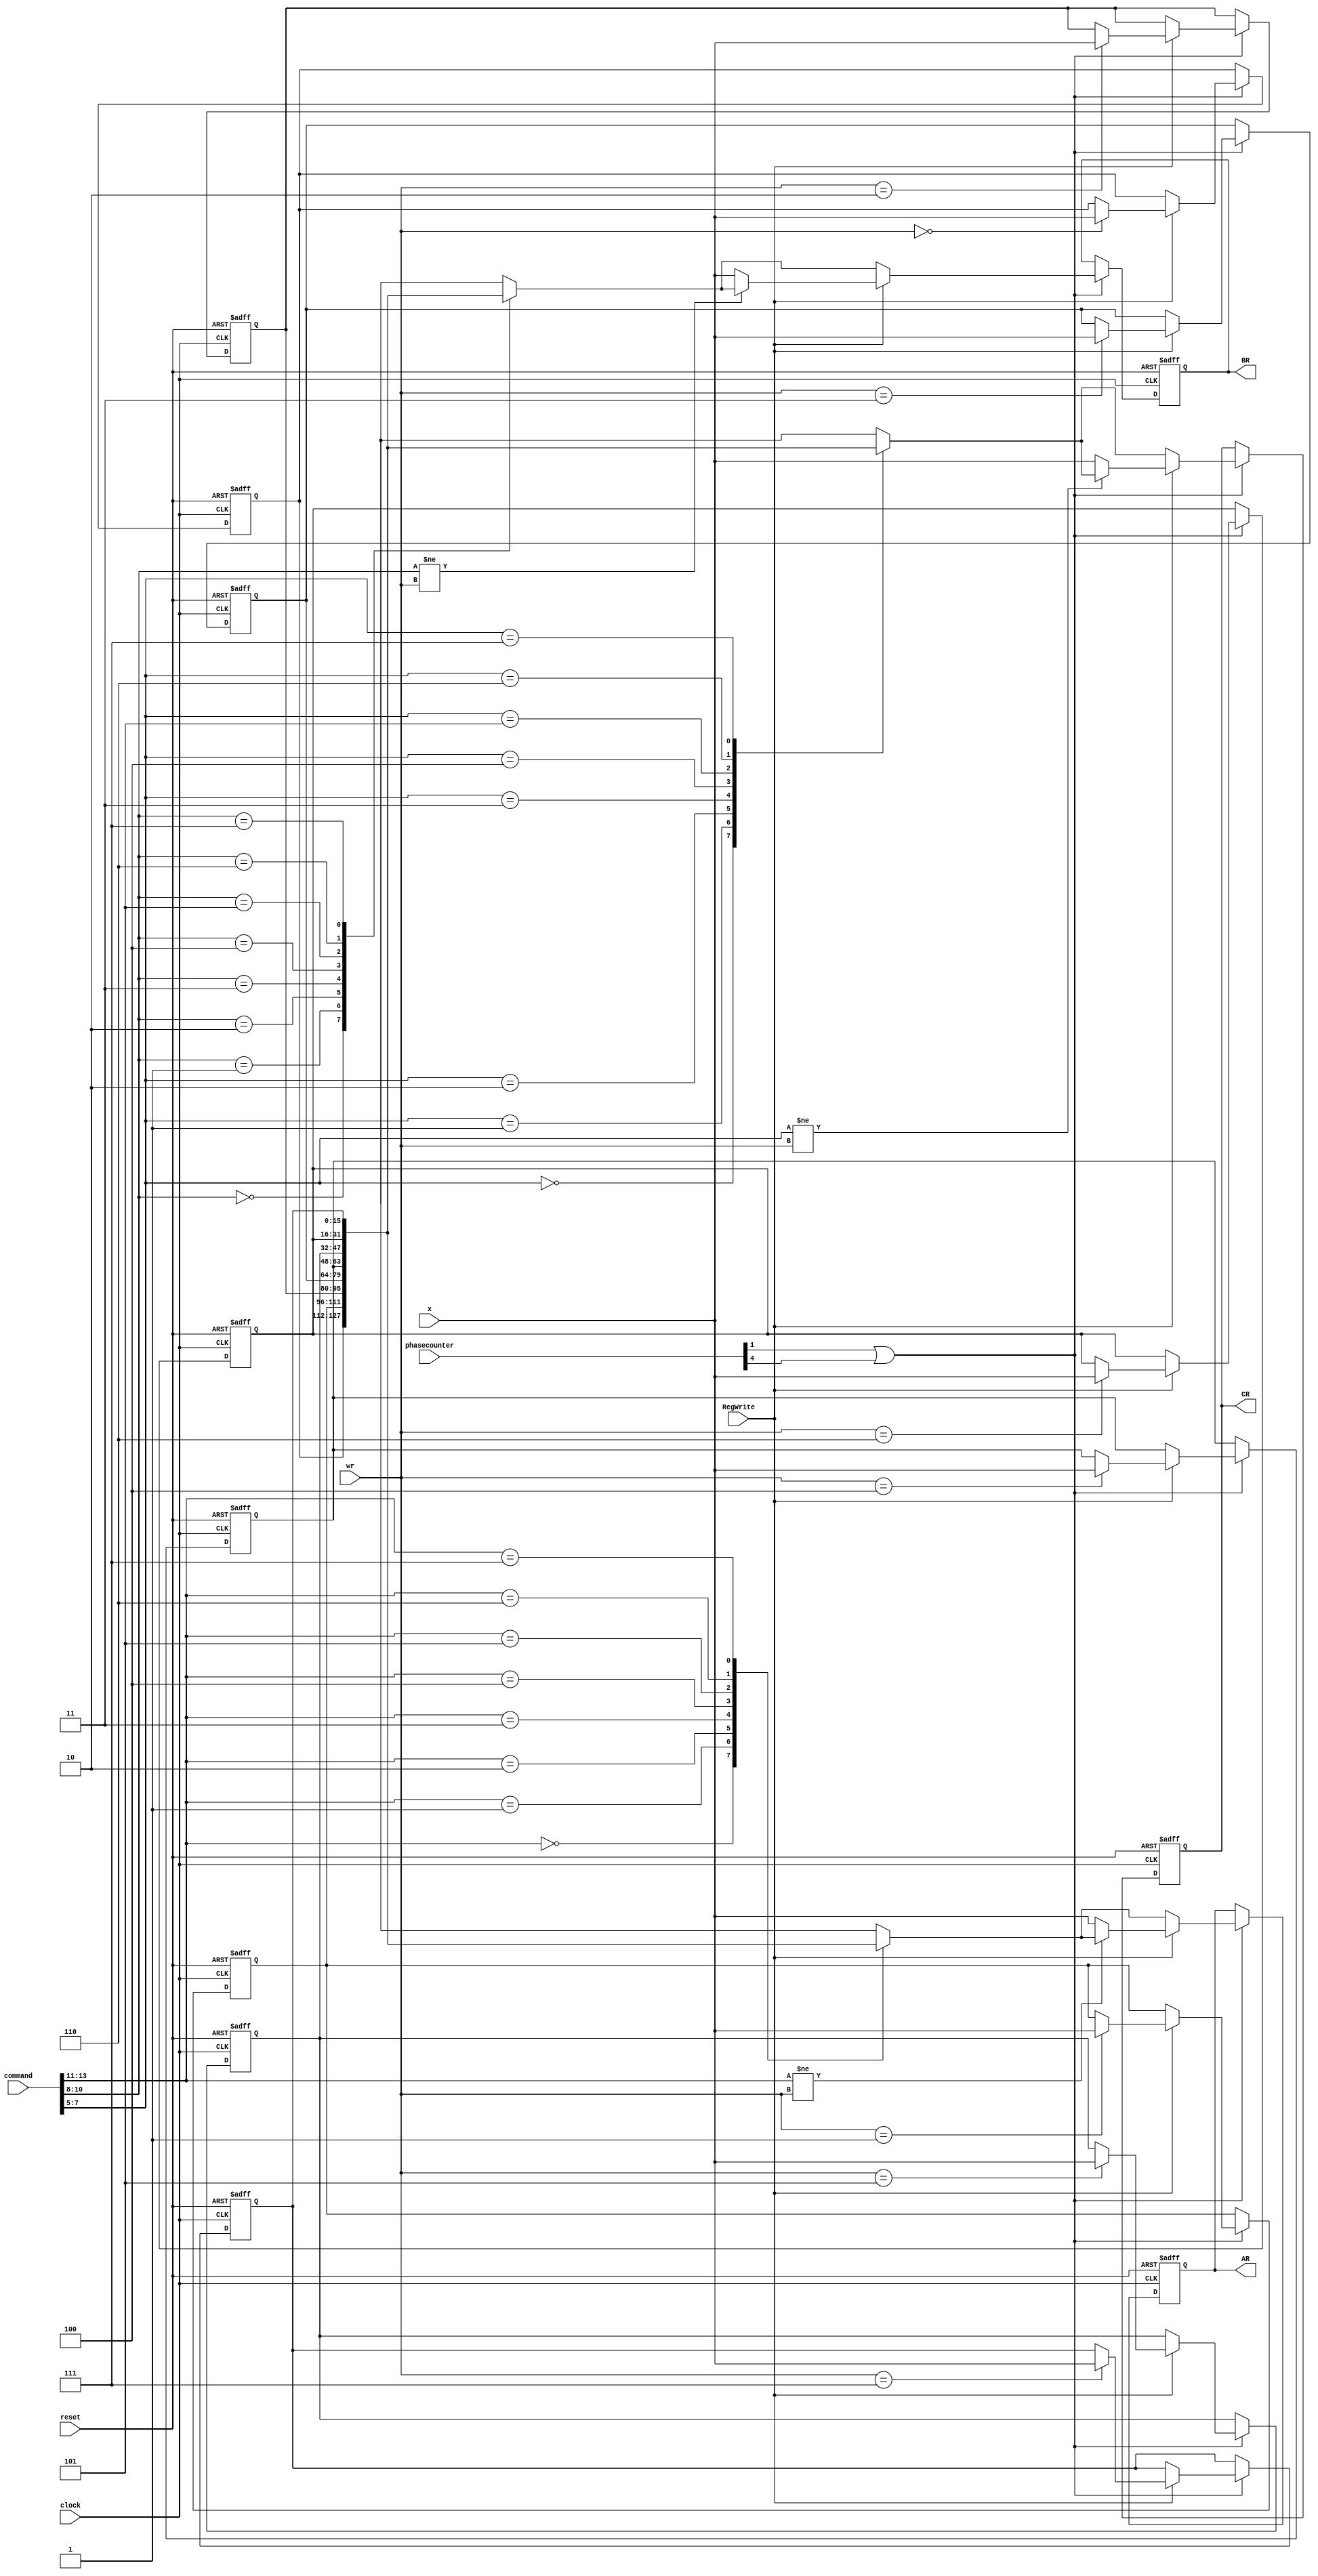
module register_file (
	input clock, // (inverse clock)
	input reset,
	input [4:0] phasecounter,
	input [15:0] command,
	input RegWrite,
	input [2:0] wr, // 
	input [15:0] x, // 16
	output reg [15:0] AR, BR, CR // 
//	output wire [15:0] register0,
//	output wire [15:0] register1,
//	output wire [15:0] register2,
//	output wire [15:0] register3,
//	output wire [15:0] register4,
//	output wire [15:0] register5,
//	output wire [15:0] register6,
//	output wire [15:0] register7
);

reg [15:0] registers [0:7]; 
wire [3:0] ra, rb, rc;

assign ra = command[13:11];
assign rb = command[10:8];
assign rc = command[7:5];

//assign register0 = registers[0];
//assign register1 = registers[1];
//assign register2 = registers[2];
//assign register3 = registers[3];
//assign register4 = registers[4];
//assign register5 = registers[5];
//assign register6 = registers[6];
//assign register7 = registers[7];

always @(posedge clock or negedge reset)
begin 	
	if (reset == 1'b0)
	begin 		
		registers[3'b000] <= 16'b0; 		
		registers[3'b001] <= 16'b0; 		
		registers[3'b010] <= 16'b0; 		
		registers[3'b011] <= 16'b0; 		
		registers[3'b100] <= 16'b0; 		
		registers[3'b101] <= 16'b0; 		
		registers[3'b110] <= 16'b0; 		
		registers[3'b111] <= 16'b0;
		AR <= 16'b0;
		BR <= 16'b0;
		CR <= 16'b0;
	end else if (phasecounter[1] == 1'b1 || phasecounter[4] == 1'b1) begin
		if (RegWrite == 1'b1) begin 		
			registers[wr] <= x;
			AR <= ra != wr ? registers[ra] : x;
			BR <= rb != wr ? registers[rb] : x;
			CR <= rc != wr ? registers[rc] : x;	
		end else begin
			AR <= registers[ra];
			BR <= registers[rb];
			CR <= registers[rc];
		end
	end
end
endmodule